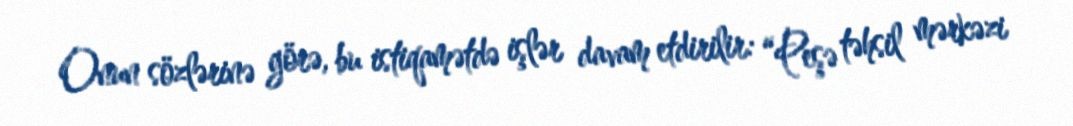
Onun sözlərinə görə, bu istiqamətdə işlər davam etdirilir: “Peşə təhsil mərkəzi